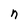
Character: n